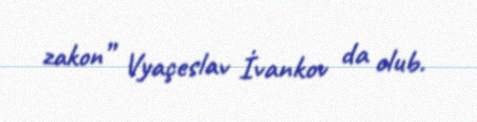
zakon” Vyaçeslav İvankov da olub.